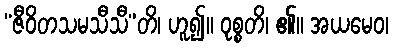
“ဇီဝိတသမသီသီ”တိ၊ ဟူ၍။ ဝုစ္စတိ၊ ၏။ အယမေဝ၊